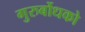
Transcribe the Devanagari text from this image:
गुरुर्बोधको